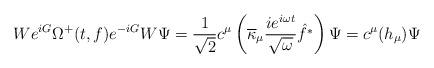
LaTeX: \begin{align*}We^{iG}\Omega^+(t,f)e^{-iG}W\Psi = \frac{1}{\sqrt{2}}c^\mu\left(\overline{\kappa}_\mu \frac{ie^{i\omega t}}{\sqrt{\omega}}\hat{f^*}\right)\Psi=c^\mu(h_\mu)\Psi\end{align*}